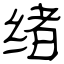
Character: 绪